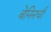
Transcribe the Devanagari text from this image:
बेनिनची